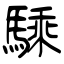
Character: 騬